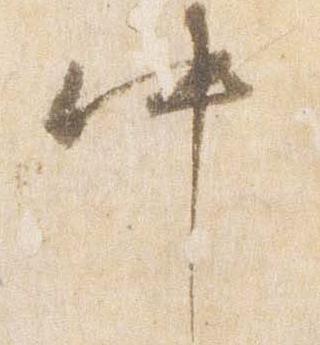
中